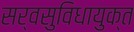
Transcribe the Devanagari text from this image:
सर्वसुविधायुक्त